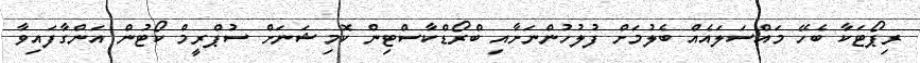
ރިޕޯޓަކާ ބެހޭ މައްސަލައެއް ބެލުމަށް ފުލުހުންނަށާއި ބްރޯޑްކާސްޓިން ކޮމިޝަނަށް ސުޕްރީމް ކޯޓުން އަންގާފައިވާ